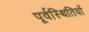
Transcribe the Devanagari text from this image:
पूर्वस्थितियों